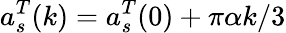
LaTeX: a_{s}^{T}(k)=a_{s}^{T}(0)+\pi\alpha k/3